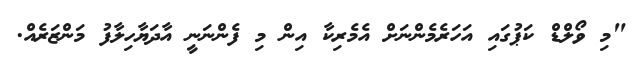
"މި ވޯލްޑް ކަޕުގައި އަހަރެމެންނަށް އެމެރިކާ އިން މި ފެންނަނީ އާދަޔާހިލާފު މަންޒަރެއް.